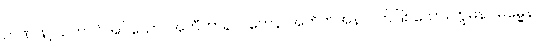
ဉာဏ်ဖြင့်သက်ဝင်အပ်သော။ အတီတာနာဂတေန၊ အတိတ်အနာဂတ်ဖြစ်သော။ ဣမိနာ ဓမ္မေန၊